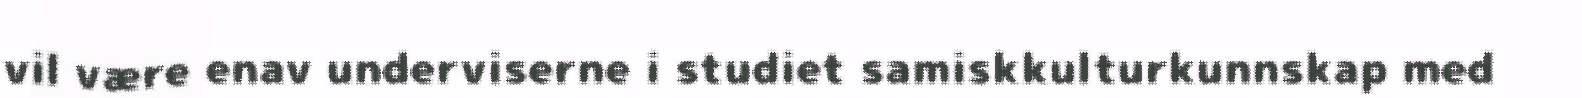
vil være enav underviserne i studiet samiskkulturkunnskap med